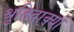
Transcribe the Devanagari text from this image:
श्रुतिवाक्यों